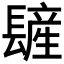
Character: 𨲨